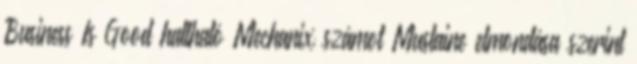
Business Is Good hallható Mechanix számot Mustaine elmondása szerint